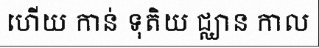
ហើយ កាន់ ទុតិយ ជ្ឈាន កាល